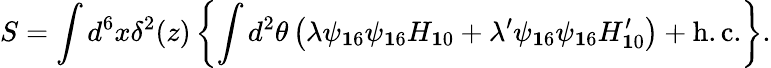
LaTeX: S=\int d^{6}x\delta^{2}(z)\left\{ \int d^{2}\theta\left(\lambda\psi_{\mathbf 16}\psi_{\mathbf 16}H_{\mathbf 10}+\lambda^{\prime}\psi_{\mathbf 16}\psi_{\mathbf 16}H_{\mathbf 10}^{\prime}\right)+\mathrm{h.c.}\right\} .